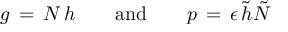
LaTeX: g \, = \, N \, h \qquad \mathrm { a n d } \qquad p \, = \, \epsilon \, \tilde { h } \tilde { N }